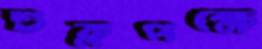
শুক্লপক্ষে